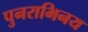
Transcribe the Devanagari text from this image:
पुनराभिनय